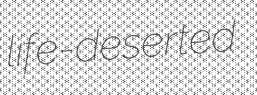
life-deserted